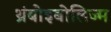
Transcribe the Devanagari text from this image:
थ्रंबोइबोलिज्म